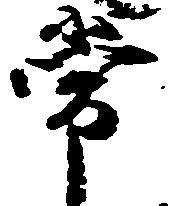
常